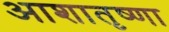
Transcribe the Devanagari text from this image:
आशातृष्णा